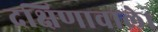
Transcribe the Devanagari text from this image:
दक्षिणावाले।